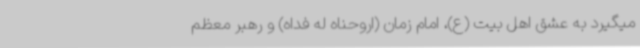
میگیرد به عشق اهل بیت (ع)، امام زمان (اروحناه له فداه) و رهبر معظم